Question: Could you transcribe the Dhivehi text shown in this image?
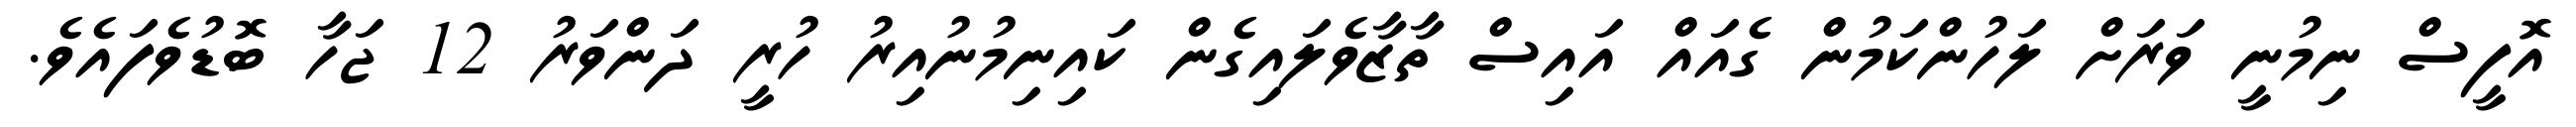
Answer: އޮފީސް ނިމުނީ ވަރަށް ލަހުންކަމުން ގެއައް އައިސް ތާޒާވެލައިގެން ކައިނިމުނުއިރު ހުރީ ދަންވަރު 12 ޖަހާ ބޮޑުވެފައެވެ.